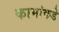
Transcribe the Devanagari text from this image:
कामांकडे